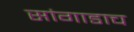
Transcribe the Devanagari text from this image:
सांगाडाच